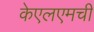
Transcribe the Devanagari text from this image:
केएलएमची